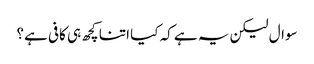
سوال لیکن یہ ہے کہ کیا اتنا کچھ ہی کافی ہے؟